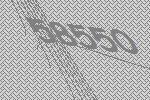
58550